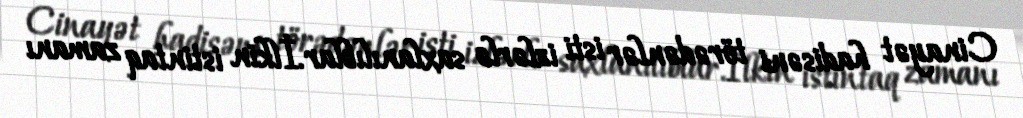
Cinayət hadisəni törədənlər isti izlərlə saxlanılıblar.İlkin istintaq zamanı